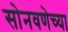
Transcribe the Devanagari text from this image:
सोनवणेच्या